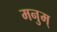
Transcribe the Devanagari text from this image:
मनुम्‌